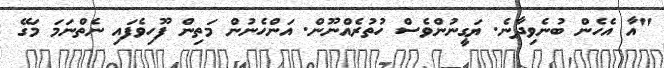
"އާ އެހެން ބުނެވިދާނެ. ޔަގީނުންވެސް ހުތުރެއްނޫން. އަންހެނުން މަތިން ފޫހިވެފައި ނެތްނަމަ މަގޭ